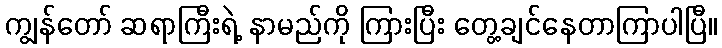
ကျွန်တော် ဆရာကြီးရဲ့ နာမည်ကို ကြားပြီး တွေ့ချင်နေတာကြာပါပြီ။